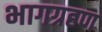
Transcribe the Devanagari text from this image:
भागग्रहण